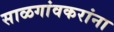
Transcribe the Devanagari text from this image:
साळगांवकरांना